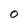
Character: O